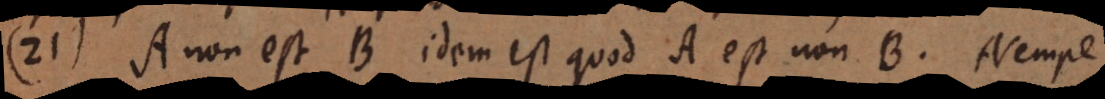
21) A non est B idem est quod A est non B. Nempe